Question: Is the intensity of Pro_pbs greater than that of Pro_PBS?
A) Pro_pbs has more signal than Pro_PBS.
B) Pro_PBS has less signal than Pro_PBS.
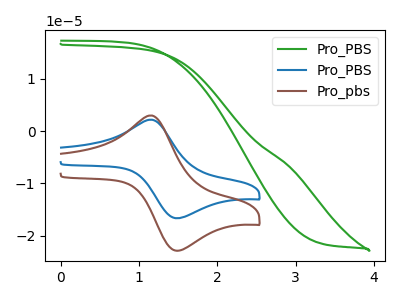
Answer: <think>The green curve "Pro_PBS" has no peaks. The blue curve "Pro_PBS" has an anodic peak at (1.15V, 2.15uA) and a cathodic peak at (1.50V, -16.70uA). The brown curve "Pro_pbs" has an anodic peak at (1.15V, 2.95uA) and a cathodic peak at (1.50V, -22.90uA).
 All the peaks in "Pro_pbs" have a peak in "Pro_PBS" at the same potential. Every peak in "Pro_pbs" is higher than every peak in "Pro_PBS".</think>
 <answer>A) "Pro_pbs" has more signal than "Pro_PBS".</answer>
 <eval>A</eval>